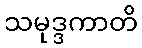
သမုဒ္ဒကာတိ